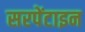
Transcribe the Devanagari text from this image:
सरपेंटाइन